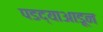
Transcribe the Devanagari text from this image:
पडद्याआडून